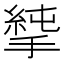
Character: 𢲝